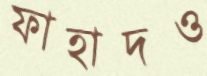
ফাহাদও